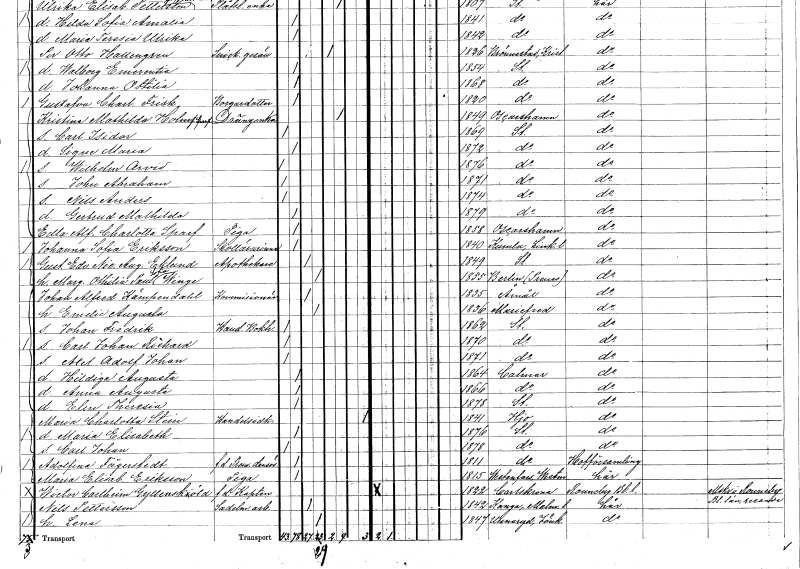
gt_parse: households: individuals: FN: Nils Anders
KON: M
CIV: O
FODAR: 1874
FODFORS: Stockholm
FN: Gertrud Mathilda
KON: K
CIV: O
FODAR: 1879
FODFORS: Stockholm
FN: Edla Alfrida Charlotta
EN: Sparf
YRKE: Piga
KON: K
CIV: O
FODAR: 1858
FODFORS: Oskarshamn Kalmar län
FN: Johanna Sofia
EN: Eriksson
YRKE: Skollärarinna
KON: K
CIV: O
FODAR: 1840
FODFORS: Kumla Västmanlands län
FN: Gustaf Edvard Nicolaus August
EN: Eklund
YRKE: Apotekare
KON: M
CIV: G
FODAR: 1849
FODFORS: Stockholm
FN: Margreta Ottilia Paulina Sofia
EN: Winge
KON: K
CIV: G
FODAR: 1855
FN: Johan Alfred
EN: Kämpendahl
YRKE: Kommissionär
KON: M
CIV: G
FODAR: 1835
FODFORS: Åmål Älvsborgs län
FN: Emelie Augusta
KON: K
CIV: G
FODAR: 1836
FODFORS: Mariefred Södermanlands län
FN: Johan Fredrik
YRKE: Handelsbokhållare
KON: M
CIV: O
FODAR: 1862
FODFORS: Stockholm
FN: Carl Johan Richard
KON: M
CIV: O
FODAR: 1870
FODFORS: Stockholm
FN: Axel Adolf Johan
KON: M
CIV: O
FODAR: 1871
FODFORS: Stockholm
FN: Hildinga Augusta
KON: K
CIV: O
FODAR: 1864
FODFORS: Kalmar Kalmar län
FN: Anna Augusta
KON: K
CIV: O
FODAR: 1866
FODFORS: Kalmar Kalmar län
FN: Elin Theresia
KON: K
CIV: O
FODAR: 1878
FODFORS: Stockholm
FN: Maria Charlotta
EN: Stein
YRKE: Handelsidkare
KON: K
CIV: X
FODAR: 1841
FODFORS: Hjo Skaraborgs län
FN: Maria Elisabeth
KON: K
CIV: O
FODAR: 1876
FODFORS: Stockholm
FN: Carl Johan
KON: M
CIV: O
FODAR: 1878
FODFORS: Stockholm
FN: Adolfina
EN: Fägerstedt
YRKE: Premierdansös f.d.
KON: K
CIV: O
FODAR: 1811
FODFORS: Stockholm
FN: Maria Elisabet
EN: Eriksson
YRKE: Piga
KON: K
CIV: O
FODAR: 1815
FODFORS: Västanfors Västmanlands län
FN: Wictor Carlheim
EN: Gyllensköld
YRKE: Kapten armén och flottan f.d.
KON: M
CIV: O
FODAR: 1822
FODFORS: Karlskrona Blekinge län
FN: Nils
EN: Pettersson
YRKE: Sadelmakeriarbetare
KON: M
CIV: G
FODAR: 1842
FODFORS: Konga Malmöhus län
FN: Lena
KON: K
CIV: G
FODAR: 1847
FODFORS: Unnaryd Jönköpings län